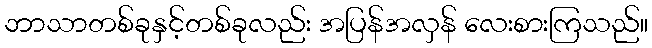
ဘာသာတစ်ခုနှင့်တစ်ခုလည်း အပြန်အလှန် လေးစားကြသည်။